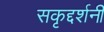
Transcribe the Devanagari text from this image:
सकृद्दर्शनी